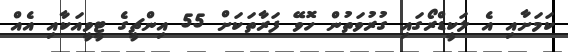
ކަމަށާއި އެ ލަކީޑްރޯގައި ގުރުވަތުން ހޮވޭ ފަރާތަކަށް 55 އިންޗީގެ ޓީވީއަކާއި އެއް